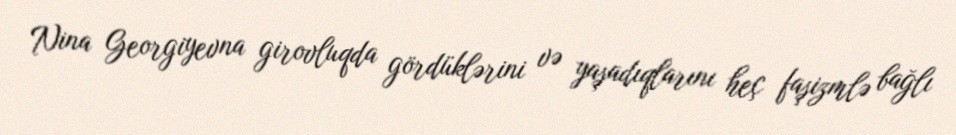
Nina Georgiyevna girovluqda gördüklərini və yaşadıqlarını heç faşizmlə bağlı